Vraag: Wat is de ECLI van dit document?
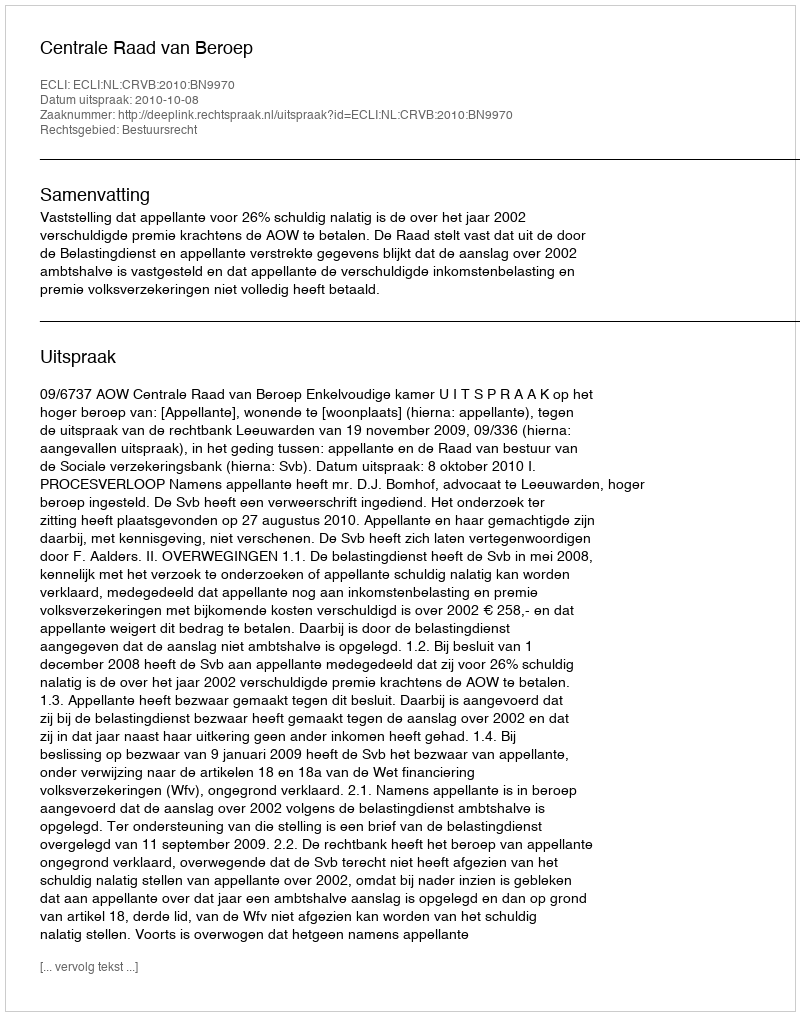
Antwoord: ECLI:NL:CRVB:2010:BN9970